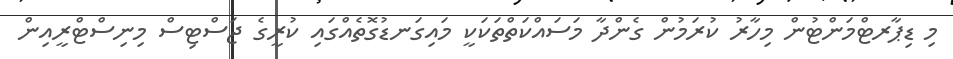
މި ޑިޕާރޓްމަންޓުން މިހާރު ކުރަމުން ގެންދާ މަސައްކަތްތަކަކީ މައިގަނޑުގޮތެއްގައި ކުރީގެ ޖަސްޓިސް މިނިސްޓްރީއިން